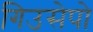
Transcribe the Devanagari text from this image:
गिउसेपो